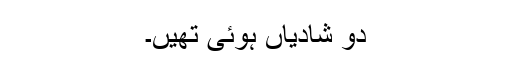
دو شادیاں ہوئی تھیں۔